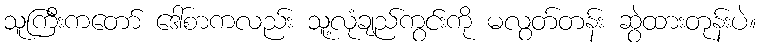
သူကြီးကတော် ဒေါ်စာကလည်း သူ့လုံချည်ကွင်းကို မလွတ်တန်း ဆွဲထားတုန်းပဲ။